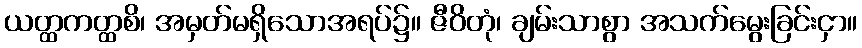
ယတ္ထကတ္ထစိ၊ အမှတ်မရှိသောအရပ်၌။ ဇီဝိတုံ၊ ချမ်းသာစွာ အသက်မွေးခြင်းငှာ။